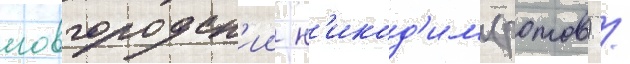
новгородск'ии н'икод'им (ротов) /